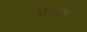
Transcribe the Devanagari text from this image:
इलराइली